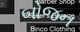
બોજન